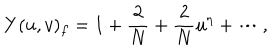
LaTeX: Y ( u , v ) _ { f } = 1 + \frac { 2 } { N } + \frac { 2 } { N } u ^ { \eta } + \cdots ,